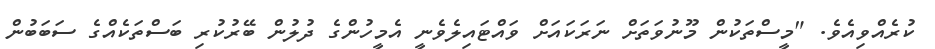
ކުރެއްވިއެވެ. "މީސްތަކުން މޫނުވަތަށް ނަރަކައަށް ވައްޓައިލެވެނީ އެމީހުންގެ ދުލުން ބޭރުކުރި ބަސްތަކެއްގެ ސަބަބުން